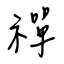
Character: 禪